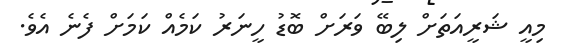
މިއީ ޝަރީއަތަށް ލިބޭ ވަރަށް ބޮޑު ހީނަރު ކަމެއް ކަމަށް ފެނެ އެވެ.